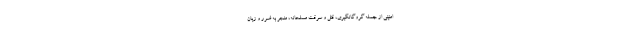
امنیتی از جمله گروگانگیری، قتل و سرقت مسلحانه، منجر به ضرر و زیان